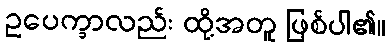
ဥပေက္ခာလည်း ထို့အတူ ဖြစ်ပါ၏။